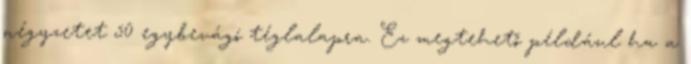
négyzetet 50 egybevágó téglalapra. Ez megtehető például ha a